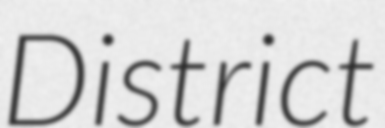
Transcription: District